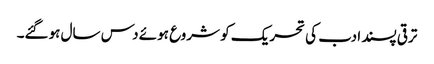
ترقی پسند ادب کی تحریک کو شروع ہوئے دس سال ہوگئے۔